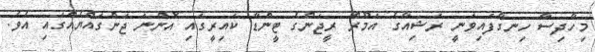
މިހާދިސާ ހިނގާފައިވަނީ ރަޝިއާގެ އަމޫރް ރީޖަންގެ ޓީންޑާ ކައިރީގައި އޮންނަ ޖަންގައްޔެއްގައި އެވެ.